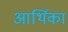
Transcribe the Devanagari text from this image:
आर्थिका